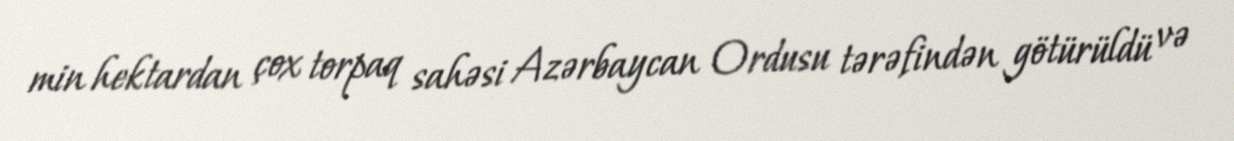
min hektardan çox torpaq sahəsi Azərbaycan Ordusu tərəfindən götürüldü və